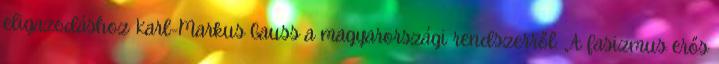
eligazodáshoz Karl-Markus Gauss a magyarországi rendszerről: „A fasizmus erős